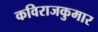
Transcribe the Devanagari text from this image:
कविराजकुमार